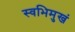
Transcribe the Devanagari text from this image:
स्वभिमुखं